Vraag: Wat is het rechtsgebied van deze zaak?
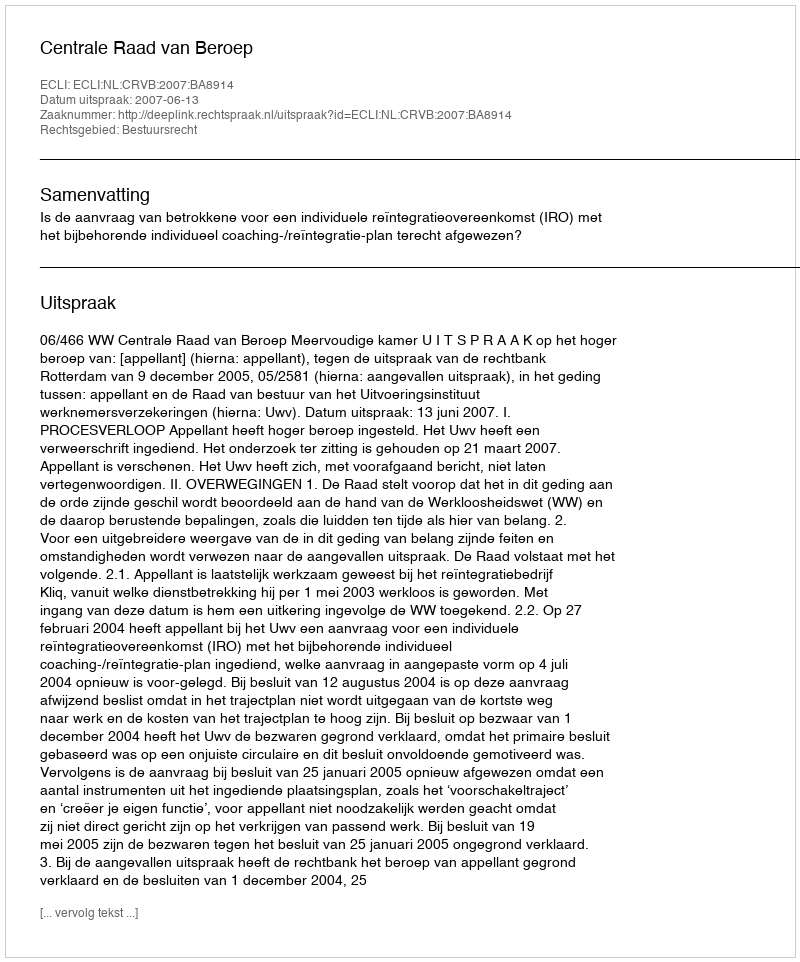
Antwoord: Bestuursrecht